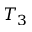
T _ { 3 }